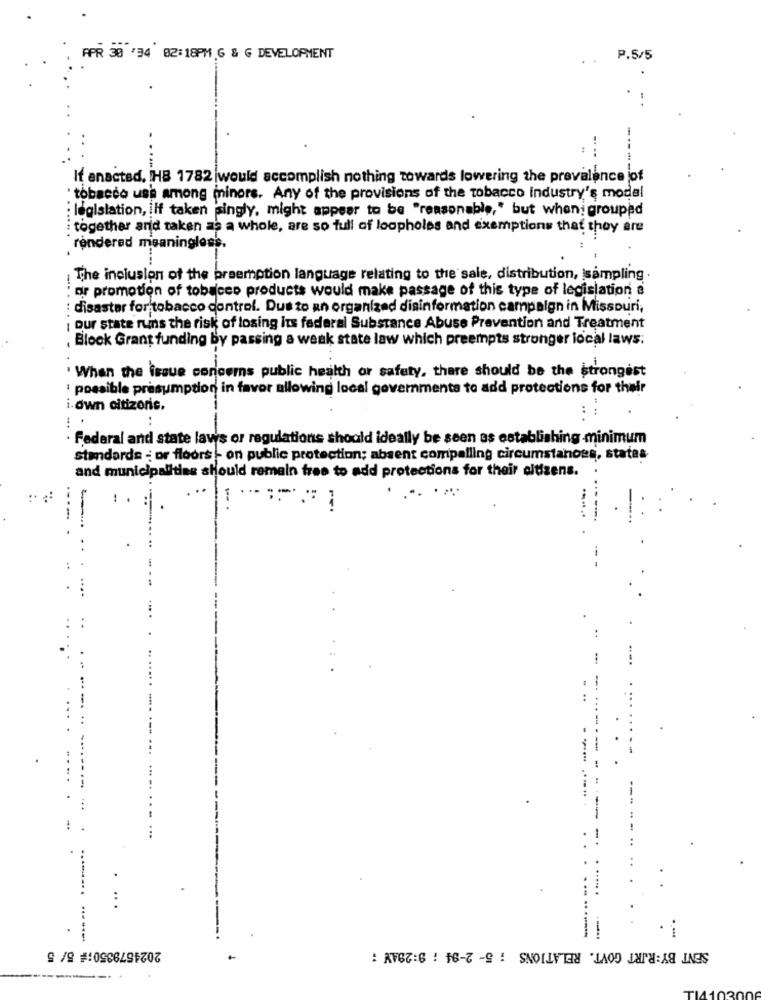
APR 38 '34 82:18PM G & G DEVELOPMENT
P.5/5
....
It enacted, HB 1782 |would accomplish nothing towards lowering the prevalence jof
" tobacco use among minors. Any of the provisions of the tobacco industry's model
: legislation, ilf taken singly, might appear to be "reasonable," but wheni grouped
together and taken as a whole, are so full of loopholes and exemptions that they are
......
rendered meaningless.
The inclusion of the preemption language relating to the sale, distribution, sampling .
-..
or promotion of tobacco products would make passage of this type of legislation a
disaster for tobacco control. Dus to an organized disinformation campaign in Missouri,
our state runs the risk of losing its federal Substance Abuse Prevention and Treatment
. Block Grant funding by passing a weak state law which preempts stronger local laws;
When the issue concerns public health or safety, there should be the strongest
possible presumption in favor allowing local governments to add protections for their
i.own citizonis.
.. ..
Federal and state laws or regulations should ideally be seen as establishing minimum
standards - or floors - on public protection; absent compelling circumstanoss, states
and municipalitine should remain free to add protections for their oltizens.
..
-
.--....
...
2024579350;# 5/ 5
SENT BY:RJRT GOVT. RELATIONS ; 5- 2-84 : 9:29AV :
--------